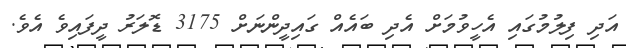
އަދި ފިލުމުގައި އެހީވުމަށް އެދި ބައެއް ގައިދީންނަށް 3175 ޑޮލަރު ދީފައިވެ އެވެ.